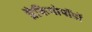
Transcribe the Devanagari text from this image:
ब्रैकियोपॉडों